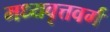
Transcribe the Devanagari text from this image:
मध्यवृत्तवर्ग